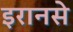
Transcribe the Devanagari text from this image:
इरानसे